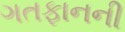
ગતફાનની